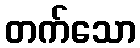
တက်သော